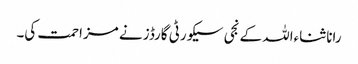
رانا ثناءاللہ کے نجی سیکورٹی گارڈز نے مزاحمت کی۔